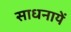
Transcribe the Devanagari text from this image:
साधनायें